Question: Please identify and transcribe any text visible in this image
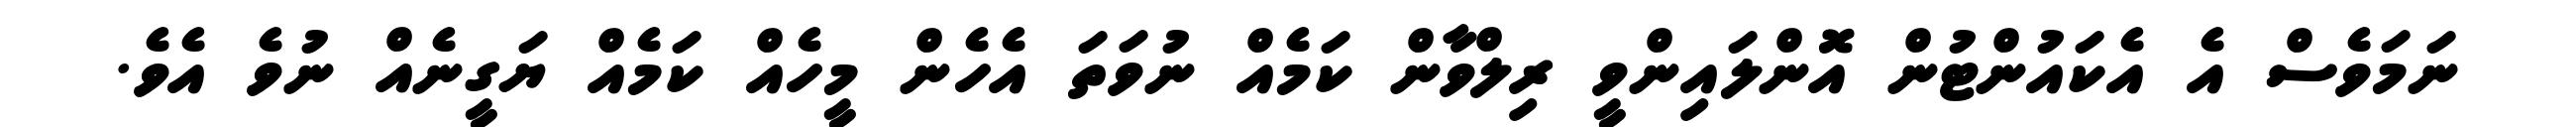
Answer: ނަމަވެސް އެ އެކައުންޓުން އޮންލައިންވީ ރިލްވާން ކަމެއް ނުވަތަ އެހެން މީހެއް ކަމެއް ޔަގީނެއް ނުވެ އެވެ.